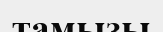
тамызы